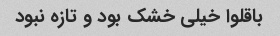
باقلوا خیلی خشک بود و تازه نبود